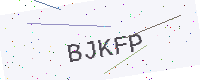
Text: BJKFP